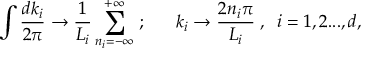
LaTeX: \int \frac { d k _ { i } } { 2 \pi } \rightarrow \frac { 1 } { L _ { i } } \sum _ { n _ { i } = - \infty } ^ { + \infty } \; ; \; \; \; \; \; \; k _ { i } \rightarrow \frac { 2 n _ { i } \pi } { L _ { i } } \; , \; \; i = 1 , 2 . . . , d ,